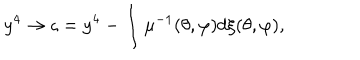
LaTeX: y ^ { 4 } \rightarrow \varsigma = y ^ { 4 } - \int \mu ^ { - 1 } ( \theta , \varphi ) d \xi ( \theta , \varphi ) ,